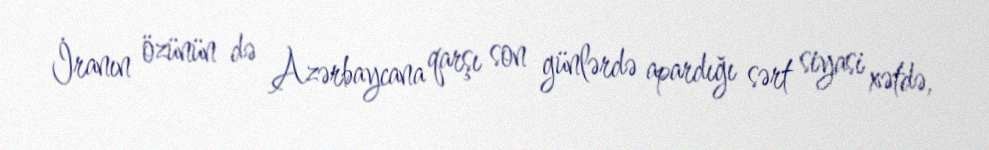
İranın özünün də Azərbaycana qarşı son günlərdə apardığı sərt siyasi xətdə,